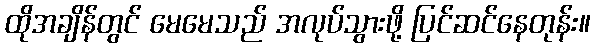
ထိုအချိန်တွင် မေမေသည် အလုပ်သွားဖို့ ပြင်ဆင်နေတုန်း။